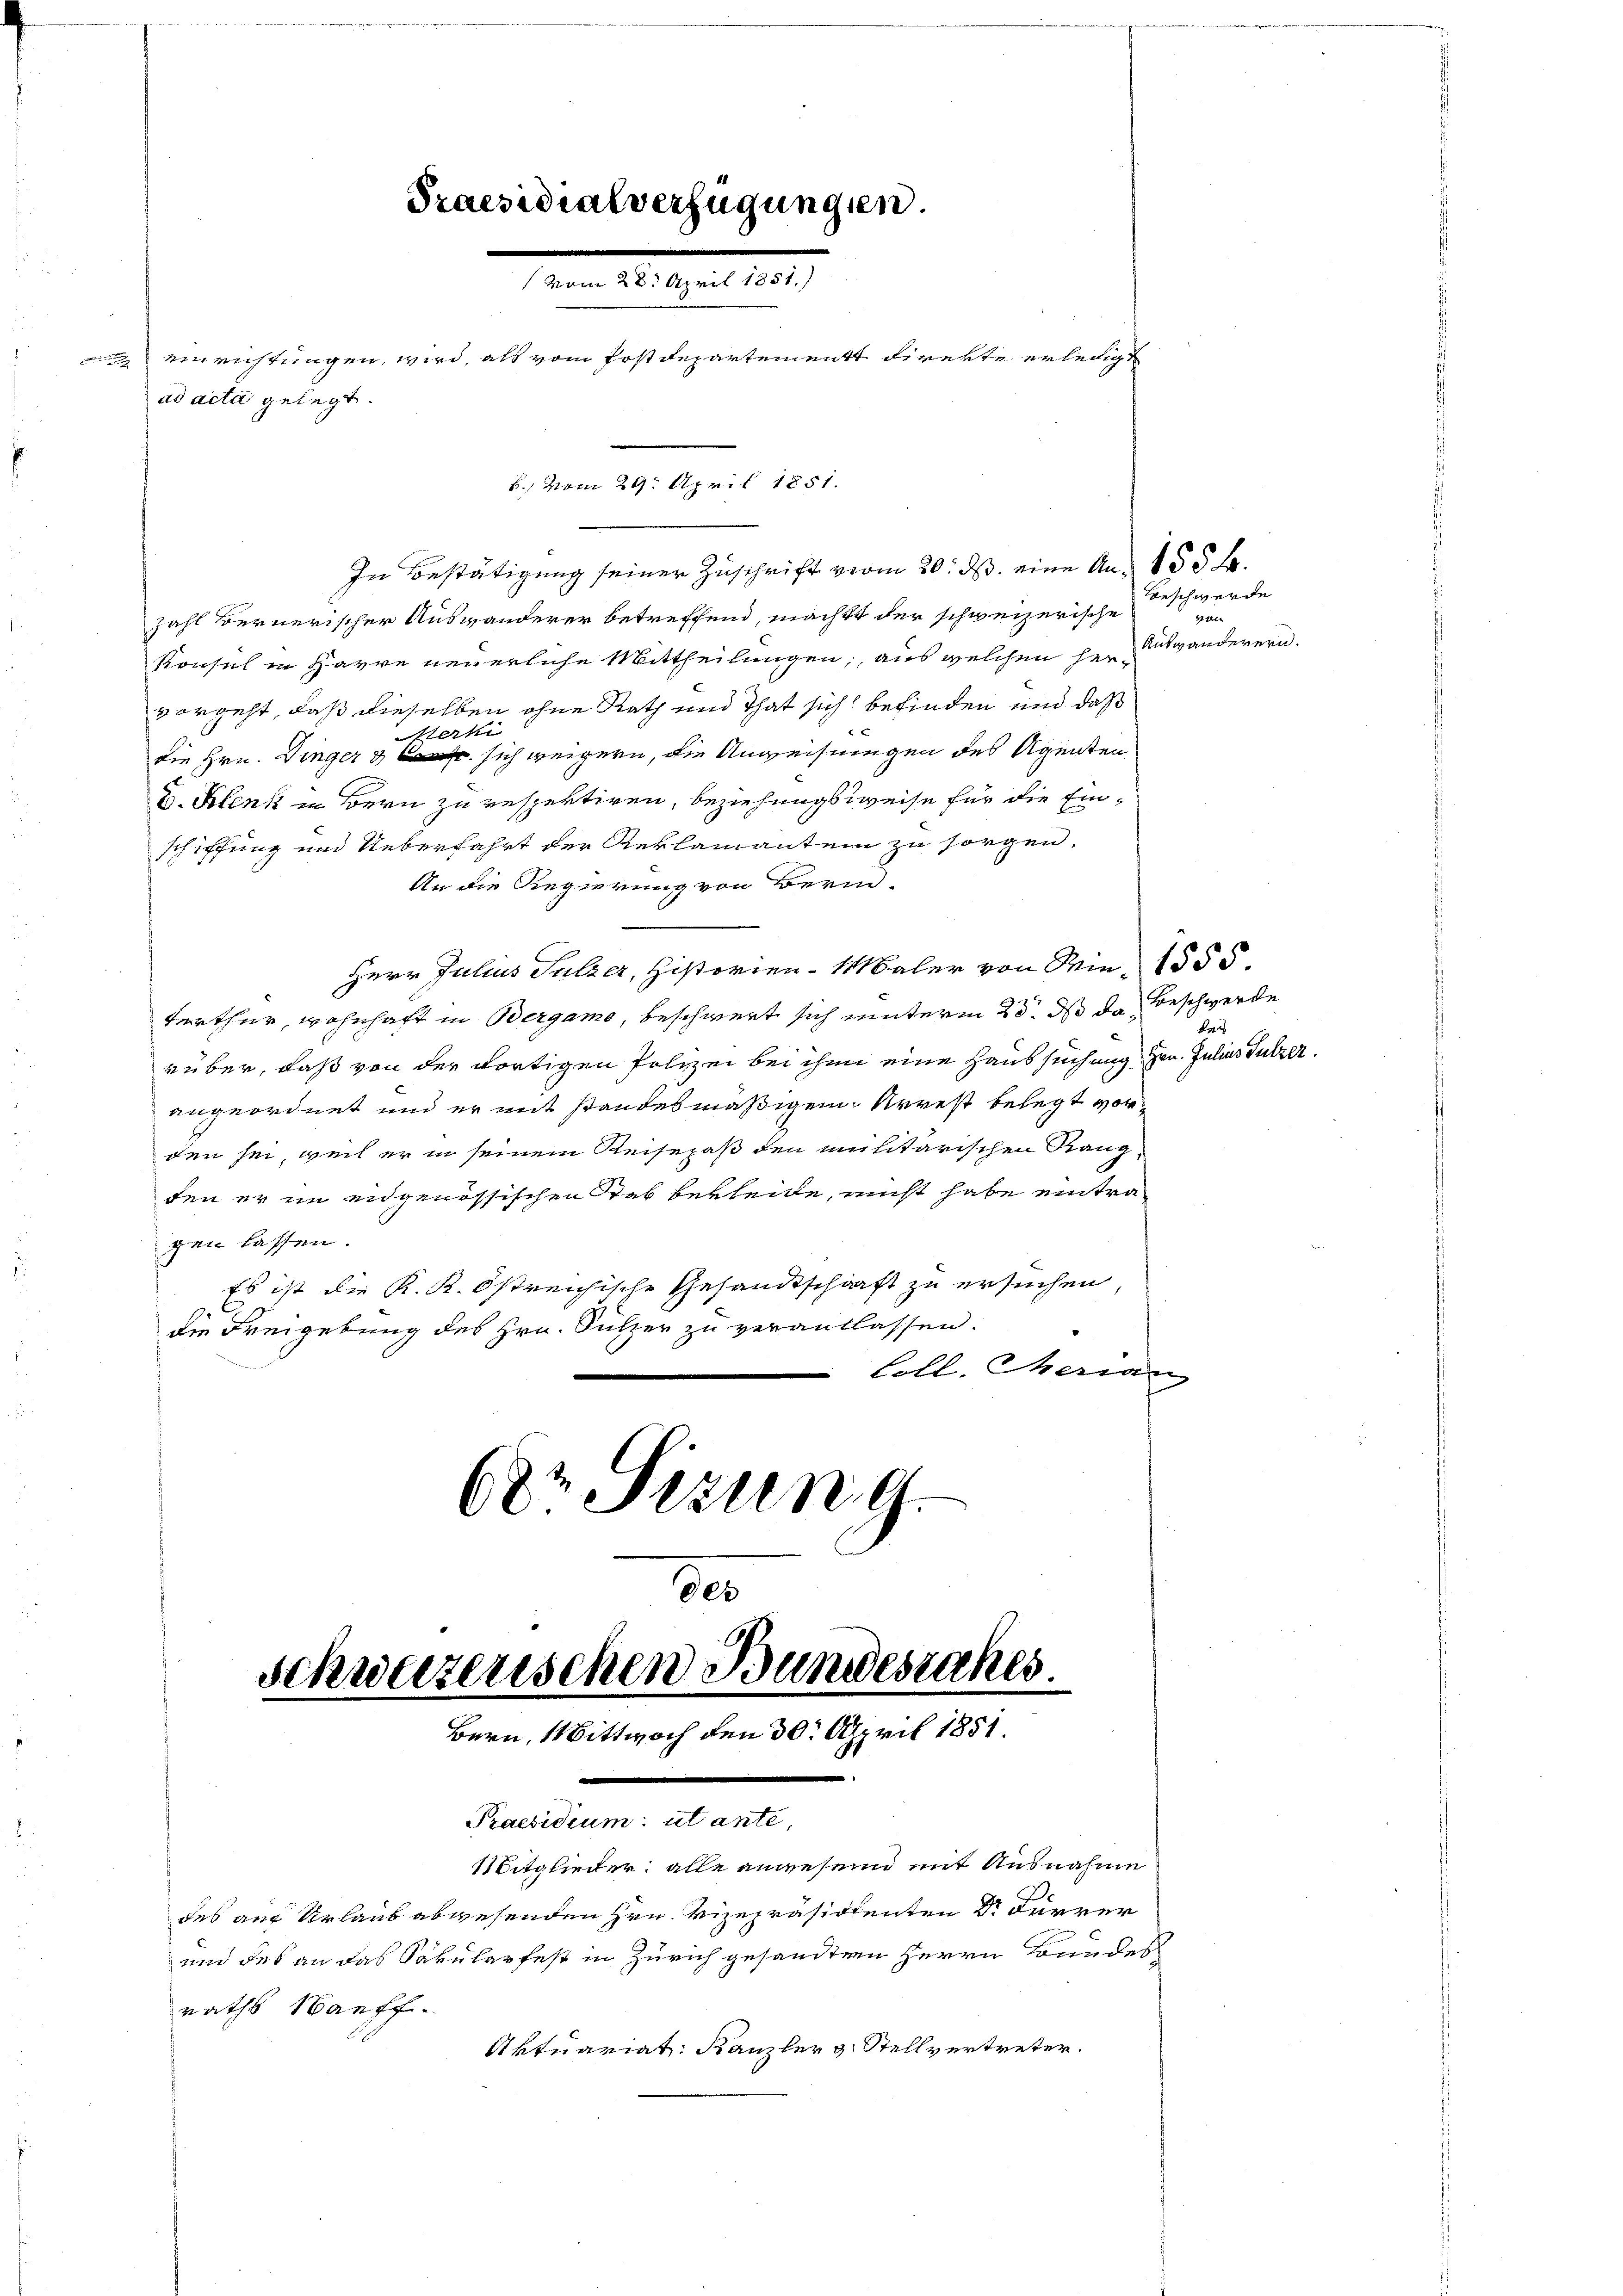
In Bestätigung seiner Zuschrift vom 20. ds. eine An- 155 f.
zahl Bernerischer Auswanderer betreffend, machtt der schweizerische
Konsul in Havre neuerliche Mittheilungen, aus welchen her-
vorgeht, daß dieselben ohne Rath und That sich befinden und daß
erki
die Hrn. Dinger & sich weigern, die Anweisungen des Agenten
D. Klenk in Bern zu respektiren, beziehungsweise für die Einschiffung und Ueberfahrt der Reklamanten zu sorgen.
An die Regierung von Bern-
Herr Julius Sulzer, Historien-Maler von Min. 1555.
terthur, wohnhaft in Bergamo, beschwert sich unterm 23. ds da Beschwerde
rüber, daß von der dortigen Polizei bei ihm eine Haussuchung Hrn. Julius Sulzer.
angeordnet und er mit standesmäßigem Arrest belegt vorden sei, weil er in seinem Reisepaß den militarischen Rang-
den er im engenössischen Stab bekleide, nicht habe eintra
gen lassen
Es ist die K. K. Östreichische Gesandtschaft zu ersuchen,
die Freigebung des Hrn. Sulzer zu verantlassen.
Coll. Merian
Dr. Stzung.

Praesidialverfügungen.
 . . . 1831.
 einrichtungen, wird, als vom Postdepartement direkte erledigt
ad acta gelegt.
b., vom 29. April 1851.

de
schweizerischen Bundesrakes.
Bern, Mittwoch den 30. April 1851.
e
Praesidium: ut ante,

Mitglieder, alle anwesen mit Ausnahme
des auf Urlaub abwesenden Hrn. Vizepräsidenten Dr. Furrer
und des an das Säkularfest in Zürich gesandten Herrn Bundes
raths Sanff.
Aktuariat: Kanzler v. Stellvertreter.

Beschwerde
2 ten
Aufwanderern.

i